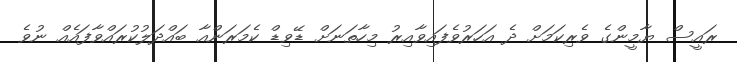
ރައީސް ޔާމީންގެ ވެރިކަމަށް ދެ އަހަރުވެފައިވާއިރު މިހާތަނަށް ޑޭވިޑް ކެމަރަންއާ ބައްދަލުކުރައްވާފައެއް ނުވެ